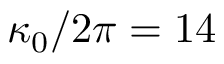
\kappa _ { 0 } / 2 \pi = 1 4